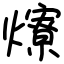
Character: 爎